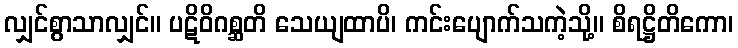
လျှင်စွာသာလျှင်။ ပဋိဝိဂစ္ဆတိ သေယျထာပိ၊ ကင်းပျောက်သကဲ့သို့။ စိရဋ္ဌိတိကော၊